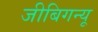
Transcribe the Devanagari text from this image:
जीबिगन्यू